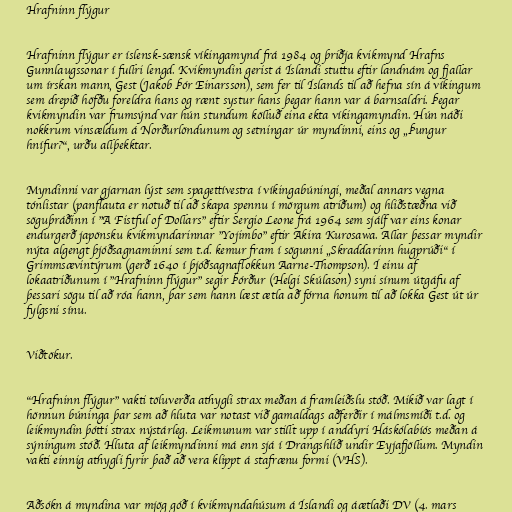
Hrafninn flýgur

Hrafninn flýgur er íslensk-sænsk víkingamynd frá 1984 og þriðja kvikmynd Hrafns
Gunnlaugssonar í fullri lengd. Kvikmyndin gerist á Íslandi stuttu eftir landnám og fjallar
um írskan mann, Gest (Jakob Þór Einarsson), sem fer til Íslands til að hefna sín á víkingum
sem drepið höfðu foreldra hans og rænt systur hans þegar hann var á barnsaldri. Þegar
kvikmyndin var frumsýnd var hún stundum kölluð eina ekta víkingamyndin. Hún náði
nokkrum vinsældum á Norðurlöndunum og setningar úr myndinni, eins og „Þungur
hnífur?“, urðu allþekktar.

Myndinni var gjarnan lýst sem spagettívestra í víkingabúningi, meðal annars vegna
tónlistar (panflauta er notuð til að skapa spennu í mörgum atriðum) og hliðstæðna við
söguþráðinn í "A Fistful of Dollars" eftir Sergio Leone frá 1964 sem sjálf var eins konar
endurgerð japönsku kvikmyndarinnar "Yojimbo" eftir Akira Kurosawa. Allar þessar myndir
nýta algengt þjóðsagnaminni sem t.d. kemur fram í sögunni „Skraddarinn hugprúði“ í
Grimmsævintýrum (gerð 1640 í þjóðsagnaflokkun Aarne-Thompson). Í einu af
lokaatriðunum í "Hrafninn flýgur" segir Þórður (Helgi Skúlason) syni sínum útgáfu af
þessari sögu til að róa hann, þar sem hann læst ætla að fórna honum til að lokka Gest út úr
fylgsni sínu.

Viðtökur.

"Hrafninn flýgur" vakti töluverða athygli strax meðan á framleiðslu stóð. Mikið var lagt í
hönnun búninga þar sem að hluta var notast við gamaldags aðferðir í málmsmíði t.d. og
leikmyndin þótti strax nýstárleg. Leikmunum var stillt upp í anddyri Háskólabíós meðan á
sýningum stóð. Hluta af leikmyndinni má enn sjá í Drangshlíð undir Eyjafjöllum. Myndin
vakti einnig athygli fyrir það að vera klippt á stafrænu formi (VHS).

Aðsókn á myndina var mjög góð í kvikmyndahúsum á Íslandi og áætlaði DV (4. mars